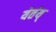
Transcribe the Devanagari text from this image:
येतंय्